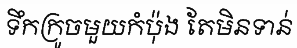
ទឹកក្រូចមួយកំប៉ុង តែមិនទាន់